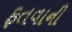
ફતવાની